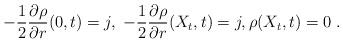
LaTeX: \begin{align*} -\frac 12 \frac{\partial \rho}{\partial r}(0,t) = j,\;-\frac 12 \frac{\partial \rho}{\partial r}(X_t,t) = j, \rho(X_t,t)=0\;. \end{align*}